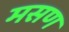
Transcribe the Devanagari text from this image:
मसण